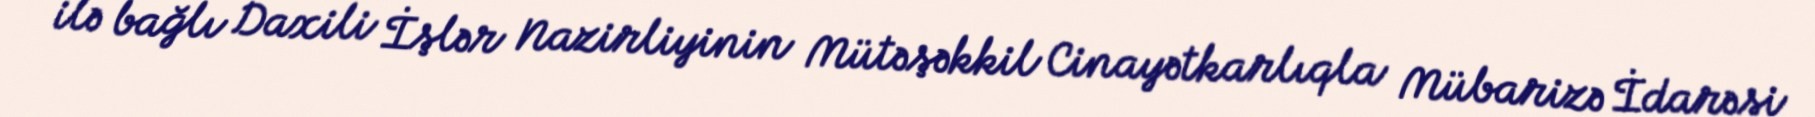
ilə bağlı Daxili İşlər Nazirliyinin Mütəşəkkil Cinayətkarlıqla Mübarizə İdarəsi